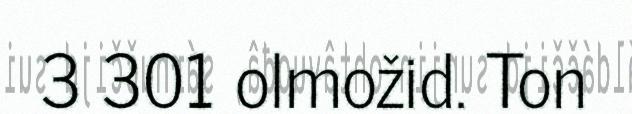
3 301 olmožid. Ton